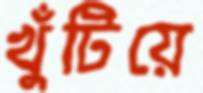
খুঁটিয়ে